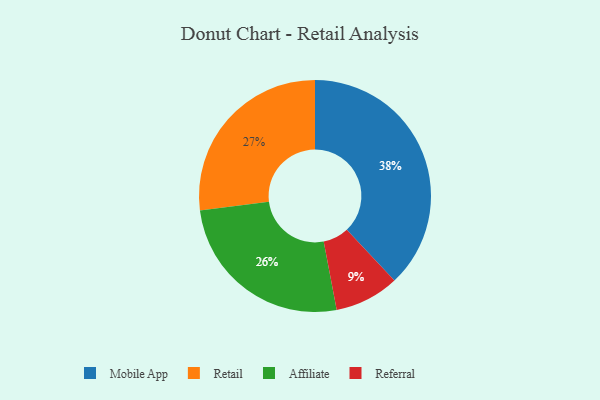
{"axis": {"x": "Category", "y": "Percentage"}, "legend": ["Affiliate", "Mobile App", "Referral", "Retail"], "data": [{"x": "Mobile App", "y": 38, "type": "Mobile App"}, {"x": "Affiliate", "y": 26, "type": "Affiliate"}, {"x": "Retail", "y": 27, "type": "Retail"}, {"x": "Referral", "y": 9, "type": "Referral"}]}